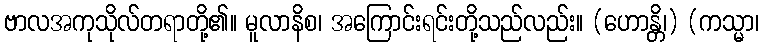
ဗာလအကုသိုလ်တရာတို့၏။ မူလာနိစ၊ အကြောင်းရင်းတို့သည်လည်း။ (ဟောန္တိ၊) (ကသ္မာ၊